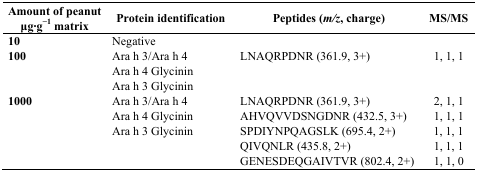
<table><thead><tr><td><b>Amount of peanut μg∙g<sup>−1</sup> matrix</b></td><td><b>Protein identification</b></td><td><b>Peptides (<i>m/z</i>, charge)</b></td><td><b>MS/MS</b></td></tr></thead><tbody><tr><td><b>10</b></td><td>Negative</td><td></td><td></td></tr><tr><td><b>100</b></td><td>Ara h 3/Ara h 4</td><td>LNAQRPDNR (361.9, 3+)</td><td>1, 1, 1</td></tr><tr><td></td><td>Ara h 4 Glycinin</td><td></td><td></td></tr><tr><td></td><td>Ara h 3 Glycinin</td><td></td><td></td></tr><tr><td><b>1000</b></td><td>Ara h 3/Ara h 4</td><td>LNAQRPDNR (361.9, 3+)</td><td>2, 1, 1</td></tr><tr><td></td><td>Ara h 4 Glycinin</td><td>AHVQVVDSNGDNR (432.5, 3+)</td><td>1, 1, 1</td></tr><tr><td></td><td>Ara h 3 Glycinin</td><td>SPDIYNPQAGSLK (695.4, 2+)</td><td>1, 1, 1</td></tr><tr><td></td><td></td><td>QIVQNLR (435.8, 2+)</td><td>1, 1, 1</td></tr><tr><td></td><td></td><td>GENESDEQGAIVTVR (802.4, 2+)</td><td>1, 1, 0</td></tr></tbody></table>